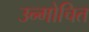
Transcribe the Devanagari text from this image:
उन्मोचित